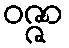
ဝဇ္ဇာ